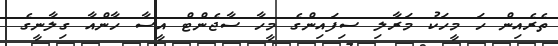
ތެރެއިން ހަ މީހަކު މަރާލި ސިފައިންގެ މީހާ ސާޖެންޓް އީސާ ހާންއާ ގިލާނީގެ